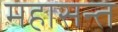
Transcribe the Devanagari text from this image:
महासन्त